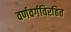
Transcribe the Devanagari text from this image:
वर्णवर्गविरहित